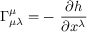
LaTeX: \Gamma _ { \mu \lambda } ^ { \mu } = - \ \frac { \partial h } { \partial x ^ { \lambda } }